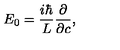
E _ { 0 } = { \frac { i \hbar } { L } } { \frac { \partial } { \partial c } } ,